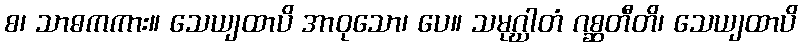
စ၊ သာဓကကား။ သေယျထာပိ အာဝုသော၊ ပေ။ သမုဂ္ဃါတံ ဂစ္ဆတီတိ၊ သေယျထာပိ